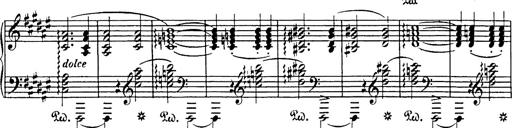
Title: Impromptu
Composer: JosÃ© MarÃ­a Usandizaga
Key: A major